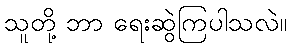
သူတို့ ဘာ ရေးဆွဲကြပါသလဲ။